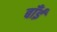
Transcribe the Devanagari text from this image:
बाँईं